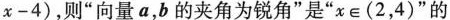
x - 4 )$$，则”向量a，b的夹角为锐角”是”$$x \in \mathbf{( 2 ，4 )}$$”的